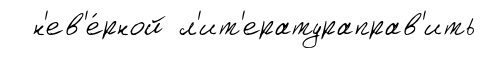
н'ев'е́рной л'ит'ератураправ'ить